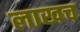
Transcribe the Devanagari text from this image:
लाखच